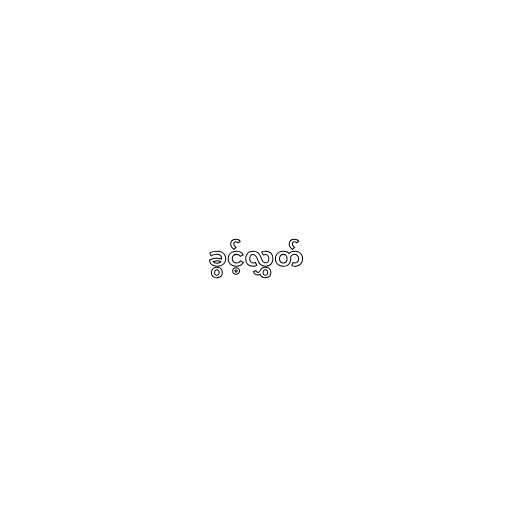
ခွင့်လွှတ်